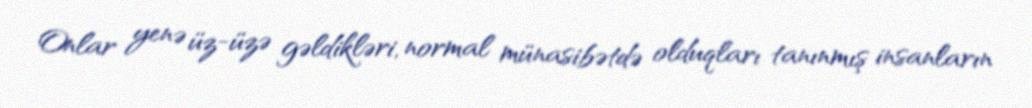
Onlar yenə üz-üzə gəldikləri, normal münasibətdə olduqları tanınmış insanların